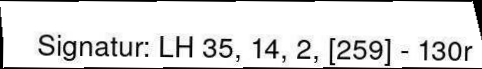
Signatur: LH 35, 14, 2, [259] - 130r